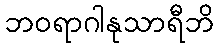
ဘဝရာဂါနုသာရီဘိ